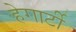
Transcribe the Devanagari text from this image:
हेगार्टी